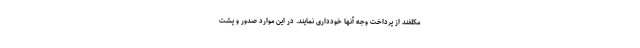
مکلفند از پرداخت وجه آنها خودداری نمایند. در این موارد صدور و پشت